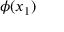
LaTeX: \phi ( x _ { 1 } )